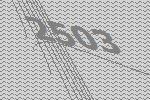
2503